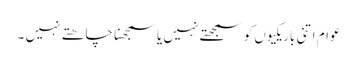
عوام اتنی باریکیوں کو سمجھتے نہیں یا سمجھنا چاھتے نہیں ۔